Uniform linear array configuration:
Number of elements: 4
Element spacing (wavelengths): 0.25
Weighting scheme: uniform
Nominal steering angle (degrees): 15
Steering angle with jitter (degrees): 13.543
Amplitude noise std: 0.05
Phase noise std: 0.05

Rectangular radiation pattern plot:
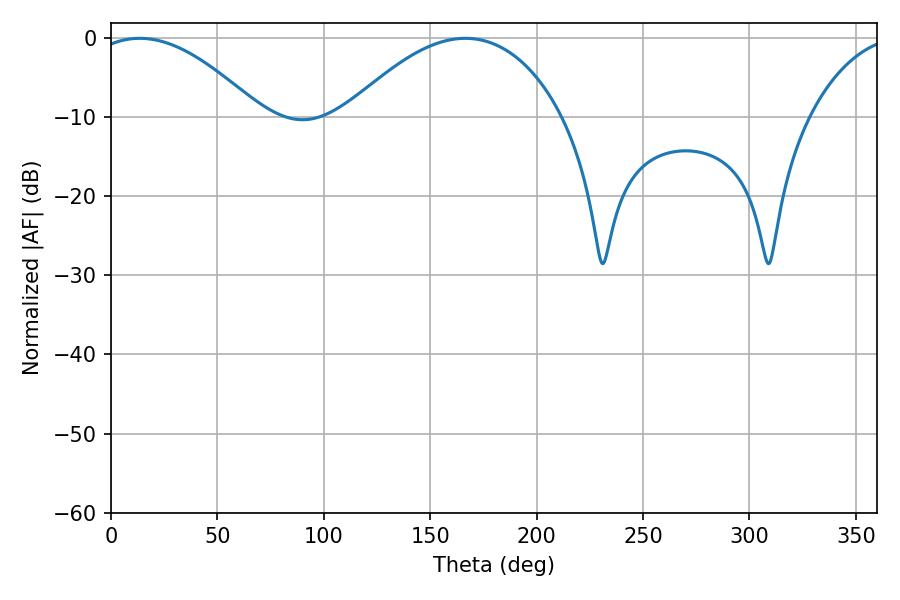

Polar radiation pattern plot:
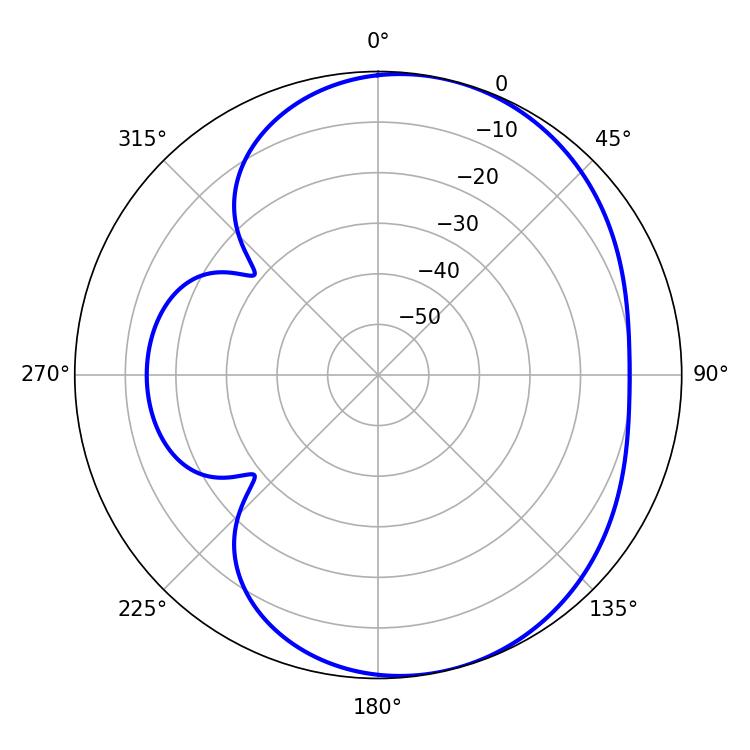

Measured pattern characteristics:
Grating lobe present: FALSE
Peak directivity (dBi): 5.299
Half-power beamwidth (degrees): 43.74
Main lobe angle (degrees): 13.5